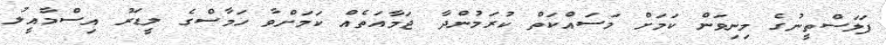
ފަލަސްތީނުގެ މިނިވަން ކަމަށް މަސައްކަތް ކުރަމުންދާ ޖަމާއަތެއް ކަމަށްވާ ހަމާސްގެ ލީޑަރު އިސްމާއީލު